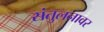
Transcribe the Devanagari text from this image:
संतुलनावर